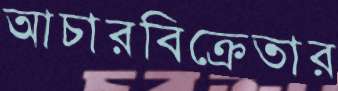
আচারবিক্রেতার